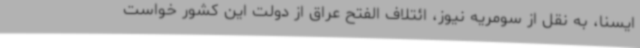
ایسنا، به نقل از سومریه نیوز، ائتلاف الفتح عراق از دولت این کشور خواست